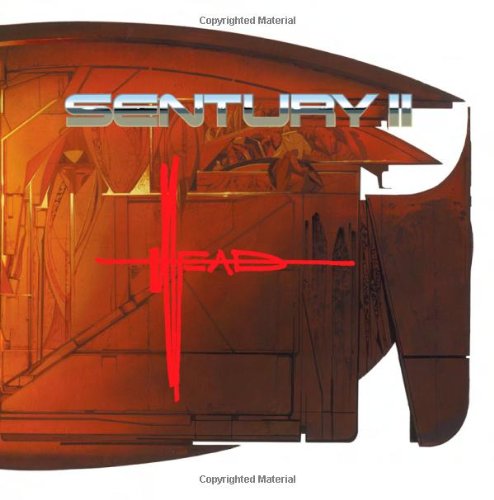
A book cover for Syd Mead's Sentury II; Arts & Photography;